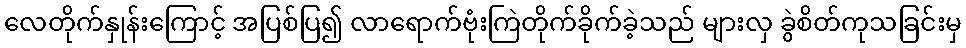
လေတိုက်နှုန်းကြောင့် အပြစ်ပြ၍ လာရောက်ဗုံးကြဲတိုက်ခိုက်ခဲ့သည် များလှ ခွဲစိတ်ကုသခြင်းမှ